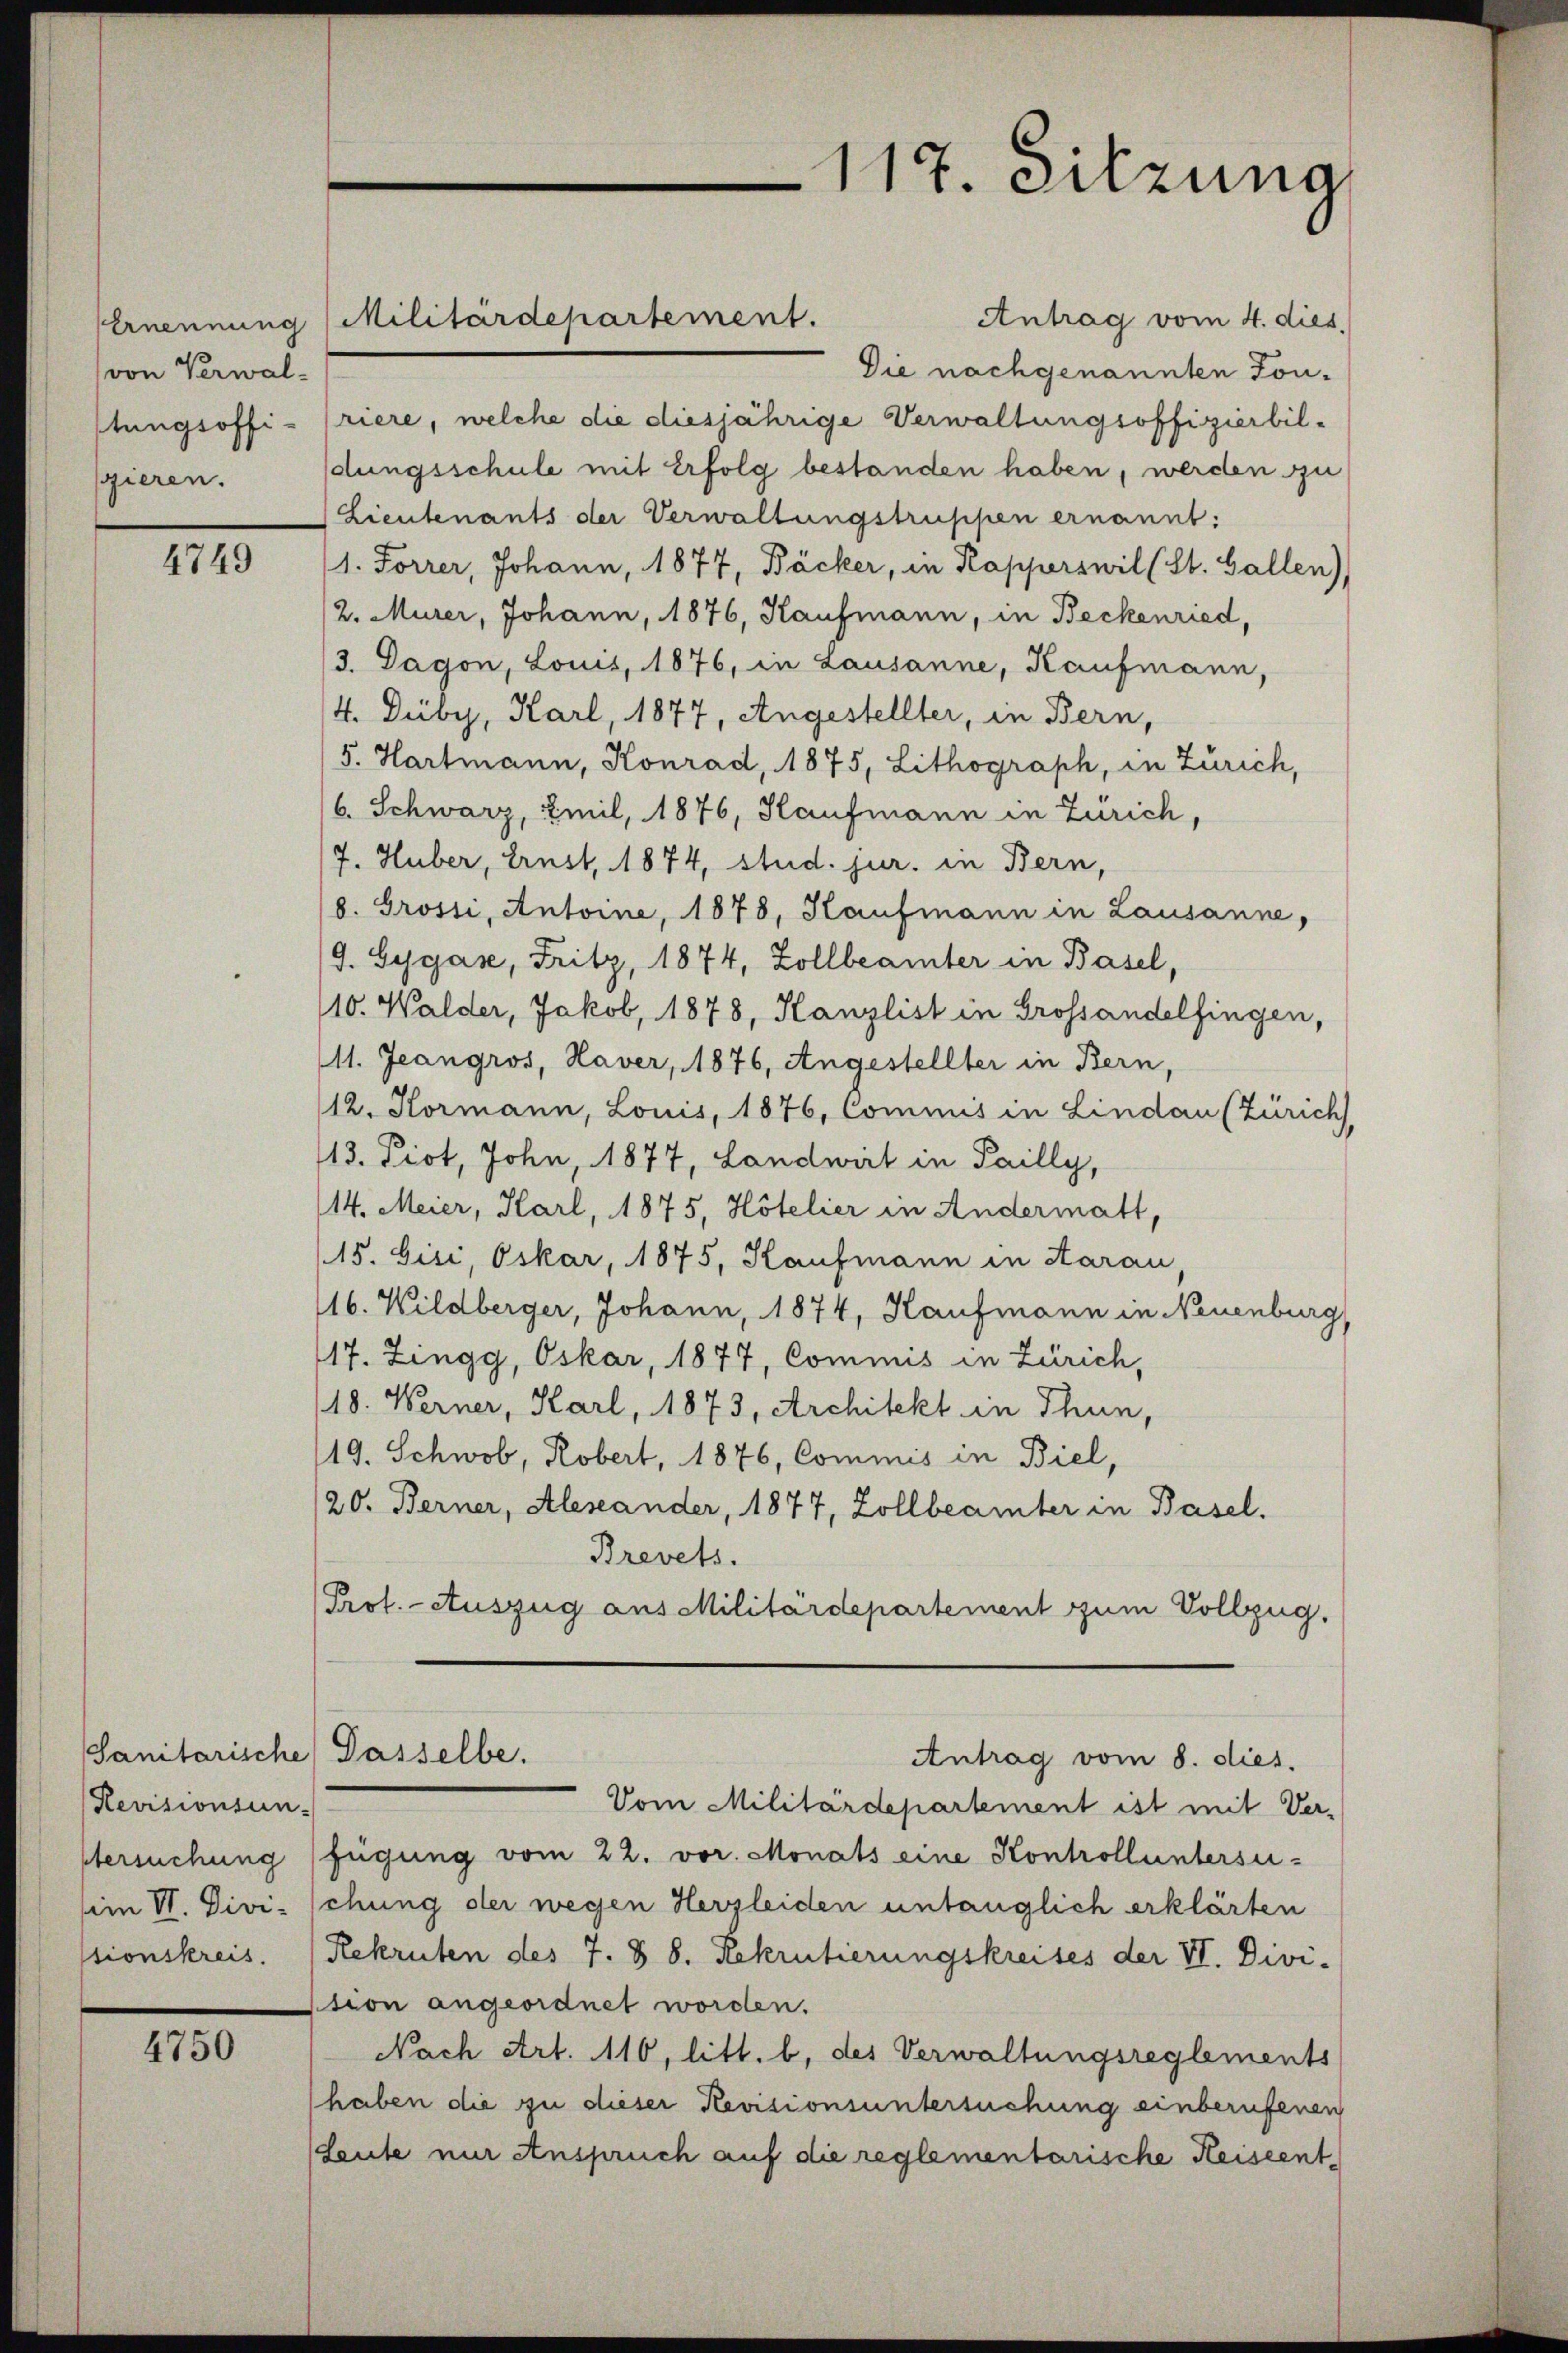
Ernennung
von Verwal-
stungsoffi-
gieren.

4749

Revisionsan-

4750

Antrag vom 4. dies
Die nach genannten Tonriere, welche die diesjährige Verwaltungsoffizierbildungsschule mit erfolg bestanden haben, werden zu
(Lieutenants der Verwaltungstruppen ernannt:
1. Forrer, Johann, 1877, Bäcker, in Kapperswil (St. Gallen),
/2. Murer, Johann, 1876, Kaufmann, in Beckenried,
/3. Dagon, Louis, 1876, in Lausanne, Kaufmann,
/4. Duby, Karl, 1877, Angestellter, in Bern,
5. Hartmann, Konrad, 1875, Lithograph, in Zürich,
/6. Schwarz, Emil, 1876, Kaufmann in Zürich,
7. Huber, Ernst, 1874, stud. jur. in Bern,
8. Grossi, Antoine, 1878, Kaufmann in Lausanne,
9. Gygas, Fritz, 1874, Zollbeamter in Basel,
110. Walder, Jakob, 1878, Kanzlist in Grossandelfingen,
(11. Jeangros, Haver, 1876, Angestellter in Bern,
12. Hormann, Louis, 1876, Commis in Lindau (Zürich,
13. Prot, John 1877, Landwirt in Pailly,
14. Meier, Karl, 1875, Hötelier in Andermatt,
15. Gisi, Oskar, 1875, Kaufmann in Aarau,
16. Wildberger, Johann, 1874, Kaufmann in Neuenburg,
17. Zingg, Oskar, 1877, Commis in Zürich,
18. Werner, Karl, 1873, Architekt in Thun,
119. Schwob, Robert, 1876, Commis in Biel,
20. Berner, Aleseander, 1877, Zollbeamter in Basel.
Brevets.
Prof. - Auszug aus Militärdepartement zum Vollzug.
Sanitarische Passelbe.
Antrag vom 8. dies.
Vom Militärdepartement ist mit Ver-
tersuchung fügung vom 22. vor. Monats eine Konkoll untersusii VI. Divi-schung der wegen Herzleiden untauglich erklärten
stionskreis. (Rekruten des 7. § 8. Rekrutierungskreises der VI. Divi-
tion angeordnet worden.
Nach Art. 110, litt. b. des Verwaltungsreglements
haben die zu dieser Revisionsuntersuchung einberufenen
Leute nur Anspruch auf die reglementarische Heiseent-

Militärdepartement.

117. Sitzung